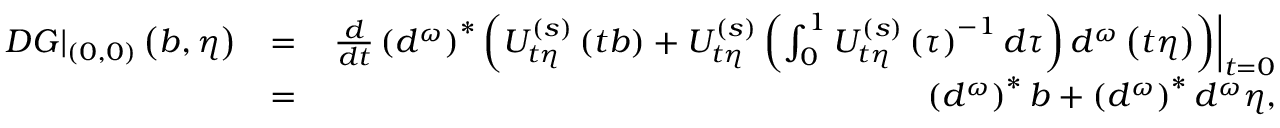
\begin{array} { r l r } { \left. D G \right\vert _ { \left( 0 , 0 \right) } \left( b , \eta \right) } & { = } & { \left. \frac { d } { d t } \left( d ^ { \omega } \right) ^ { \ast } \left( U _ { t \eta } ^ { \left( s \right) } \left( t b \right) + U _ { t \eta } ^ { \left( s \right) } \left( \int _ { 0 } ^ { 1 } U _ { t \eta } ^ { \left( s \right) } \left( \tau \right) ^ { - 1 } d \tau \right) d ^ { \omega } \left( t \eta \right) \right) \right\vert _ { t = 0 } } \\ & { = } & { \left( d ^ { \omega } \right) ^ { \ast } b + \left( d ^ { \omega } \right) ^ { \ast } d ^ { \omega } \eta , } \end{array}